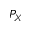
P _ { X }